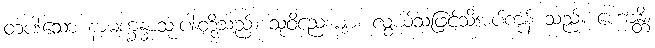
တပါးသော နာမက္ခန္ဓာသုံးပါးတို့သည်။ သုဝိညေယျာ၊ လွယ်သဖြင့်သိအပ်ကုန် သည်။ ဟောန္တိ၊